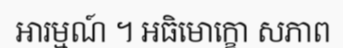
អារម្មណ៍ ។ អធិមោក្ខោ សភាព